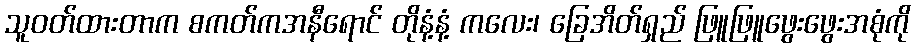
သူဝတ်ထားတာက စကတ်ကအနီရောင် တိုနံ့နံ့ ကလေး၊ ခြေအိတ်ရှည် ဖြူဖြူဖွေးဖွေးအစုံကို